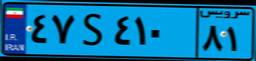
۴۷S۴۱۰۸۱